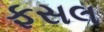
ફસલ